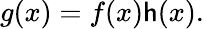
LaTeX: g(x)=f(x)\mathsf{h}(x).